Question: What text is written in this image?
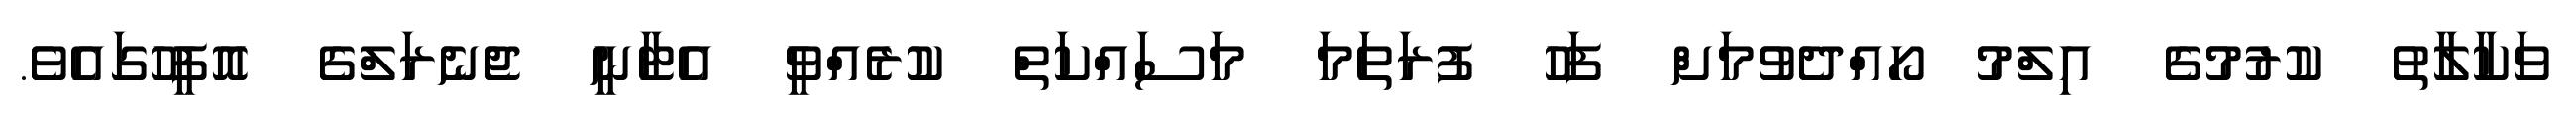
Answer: ވަކާލާތު ކުރުމުގެ އިލްމު ހޯއްދެވުމަށް ފަހު ފުރަތަމަ މަސައްކަތް ކުރެއްވީ އެޓާނީ ޖެނެރަލްގެ އޮފީހުގައެވެ.